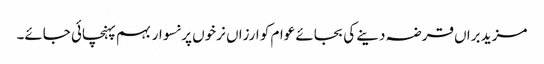
مزید براں قرضہ دینے کی بجائے عوام کو ارزاں نرخوں پر نسوار بہم پہنچائی جائے۔